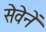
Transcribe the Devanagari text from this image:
सेवेनें